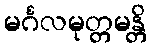
မင်္ဂလမုတ္တမန္တိ